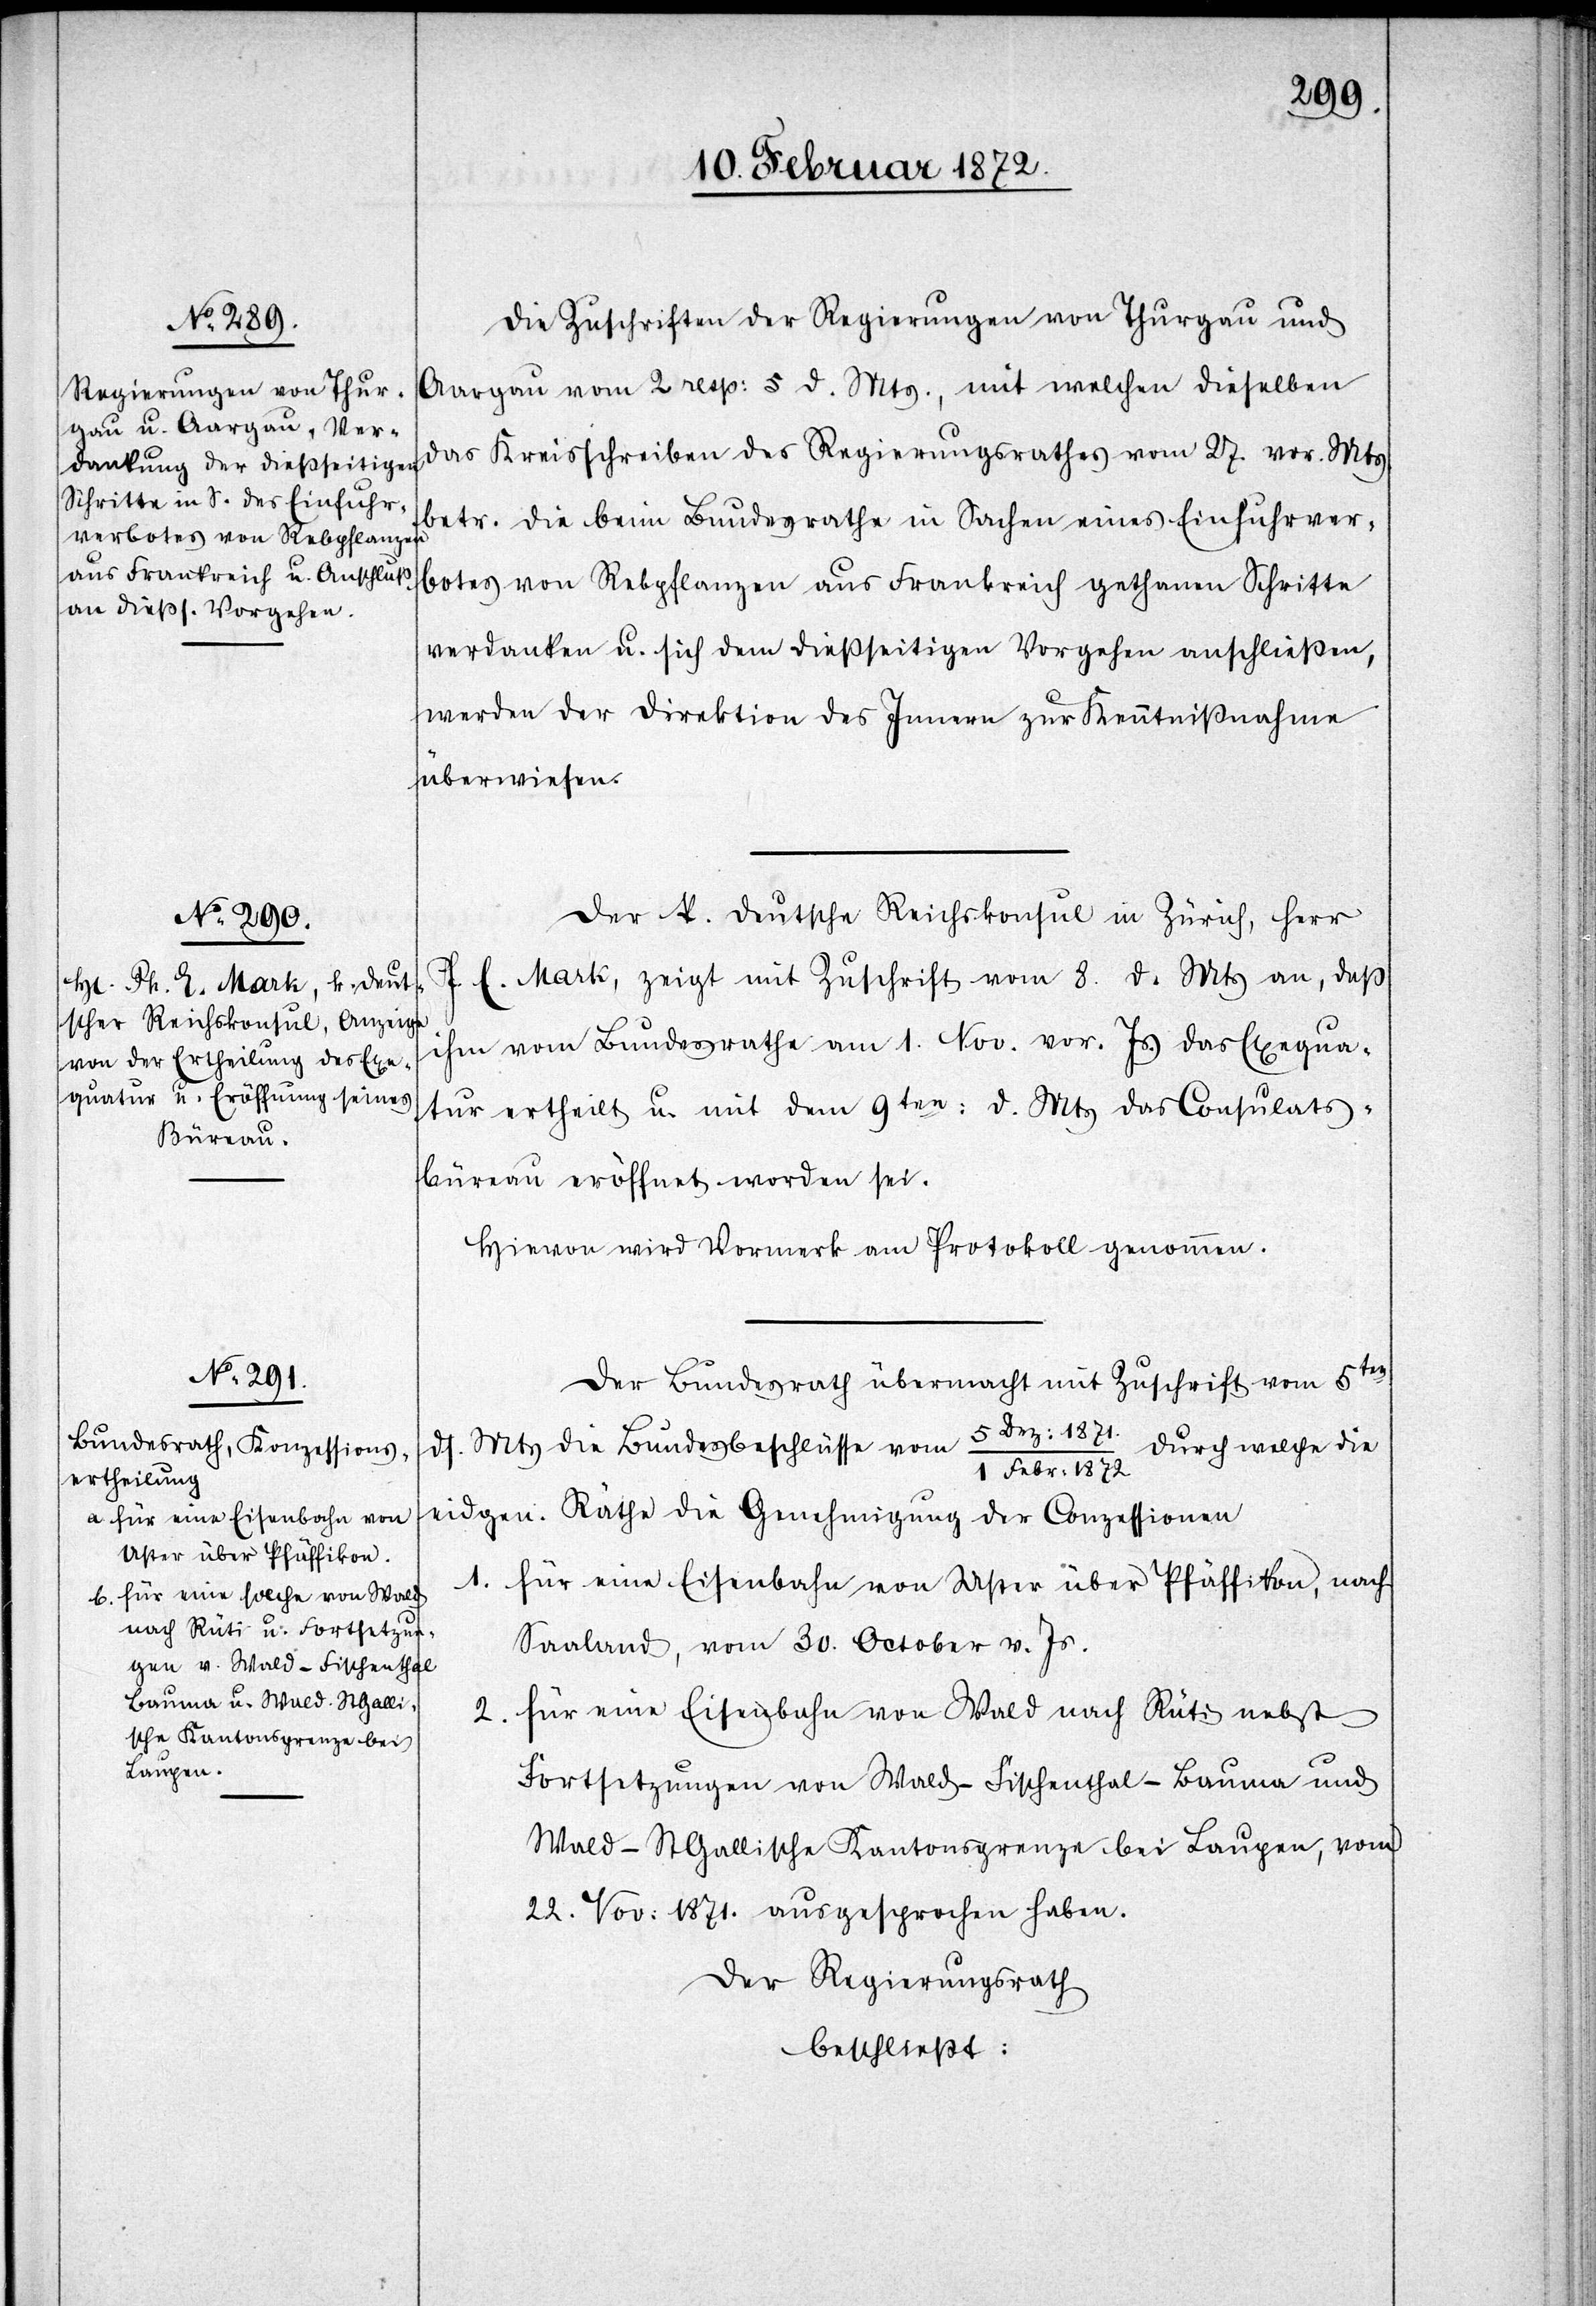
Die Zuschriften der Regierungen von Thurgau und
Aargau von 2. resp. 5 d. Mts., mit welchen dieselben
das Kreisschreiben des Regierungsrathes vom 27. vor. Mts.
betr. die beim Bundesrathe in Sachen eines Einfuhrver¬
botes von Rebpflanzen aus Frankreich gethanen Schritte
verdanken u. sich dem dießseitigen Vorgehen anschließen,
werden der Direktion des Innern zur Kenntnißnahme
überwiesen.
Der k. deutsche Reichskonsul in Zürich, Herr
E. Mark, zeigt mit Zuschrift vom 8. d. Mts an, daß
ihm vom Bundesrathe am 1. Nov. vor. Js. das Exequa¬
tur ertheilt u. mit dem 9ten d.Mts das Consulats¬
büreau eröffnet worden sei.
Hievon wird Vormerk am Protokoll genommen.
Der Bundesrath übermacht mit Zuschrift vom 5ten
ds. Mts die Bundesbeschlüsse vom 5 Dez. 1871./1 Febr. 1872 durch welche die
eidgen. Räthe die Genehmigung der Conzessionen
1.
für eine Eisenbahn von Uster über Pfäffikon, nach
Saaland, vom 30. October v. Js.
für eine Eisenbahn von Wald nach Rüti nebst
Fortsetzungen von Wald–Fischenthal–Bauma und
Wald–St Gallische Kantonsgrenze bei Laupen, vom
22. Nov. 1871. ausgesprochen haben.
Der Regierungsrath
beschließt: